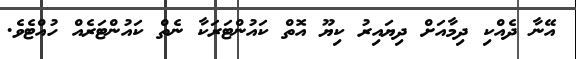
އޭނާ ދެއްކި ދިމާއަށް ދިޔައިރު ކިޔޫ އޮތް ކައުންޓަަރަކާ ނެތް ކައުންޓަރެއް ހުއްޓެވެ.